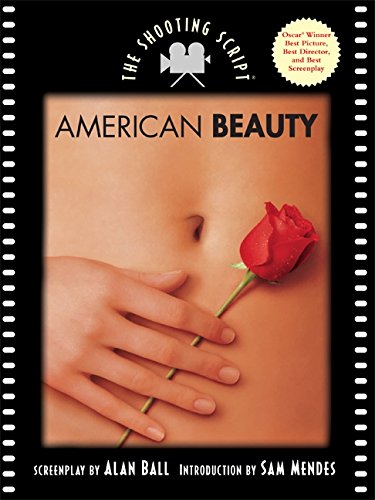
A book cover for American Beauty: The Shooting Script; Alan Ball; Humor & Entertainment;